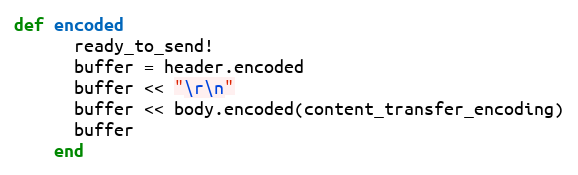
Language: Ruby
def encoded
      ready_to_send!
      buffer = header.encoded
      buffer << "\r\n"
      buffer << body.encoded(content_transfer_encoding)
      buffer
    end